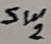
Text: Sw2